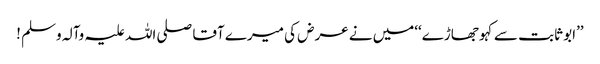
’’ابو ثابت سے کہو جھاڑے‘‘میں نے عرض کی میرے آقا صلی اللہ علیہ وآلہ وسلم !